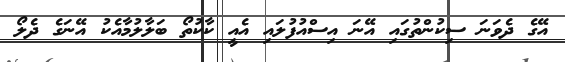
އޭގެ ދެވަނަ ސިކުންތުގައި އޭނަ އިސްއުފުލައި އެއީ ކާކުތޯ ބަލާލުމާއެކު އޭނަގެ ދެލޯ